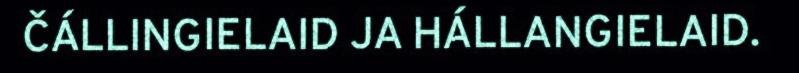
ČÁLLINGIELAID JA HÁLLANGIELAID.